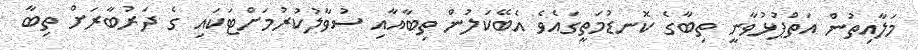
މަލާއިތުން އަތްޕުޅުވާނީ ތިބާގެ ކޮނޑުމަތީގައެވެ އެބޭކަލުން ތިބާއާއި ސުވާލުކުރުމަށްޓަކައި ގެ ދަރުބާރަށް ތިބާ